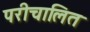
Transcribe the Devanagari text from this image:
परीचालित